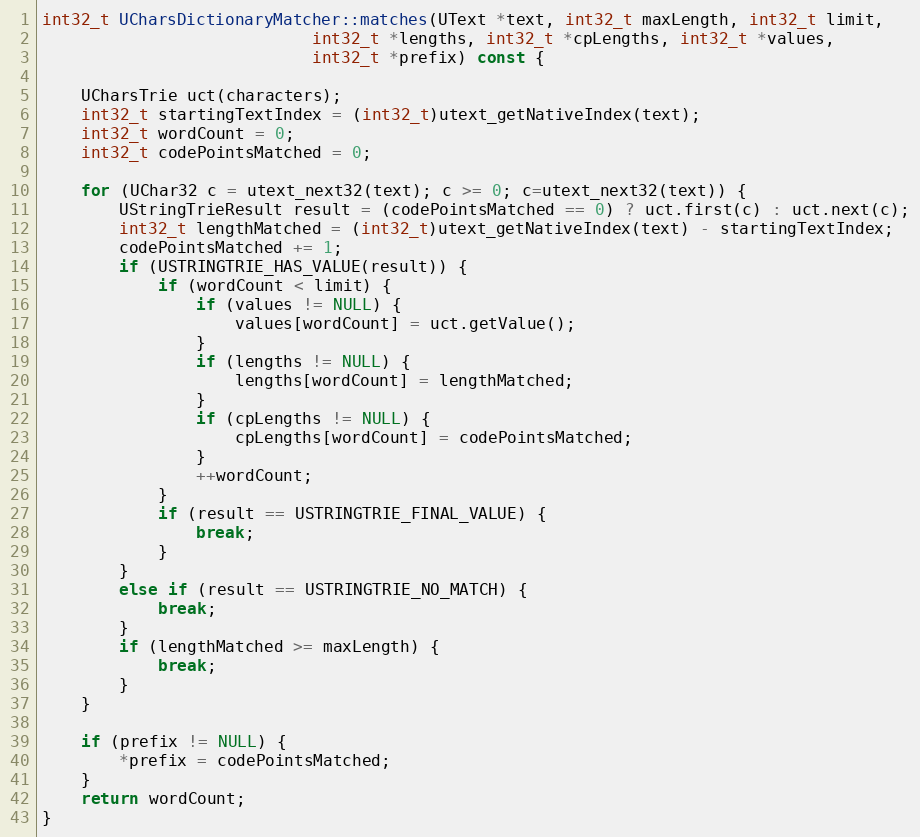
Language: C++
int32_t UCharsDictionaryMatcher::matches(UText *text, int32_t maxLength, int32_t limit,
                            int32_t *lengths, int32_t *cpLengths, int32_t *values,
                            int32_t *prefix) const {

    UCharsTrie uct(characters);
    int32_t startingTextIndex = (int32_t)utext_getNativeIndex(text);
    int32_t wordCount = 0;
    int32_t codePointsMatched = 0;

    for (UChar32 c = utext_next32(text); c >= 0; c=utext_next32(text)) {
        UStringTrieResult result = (codePointsMatched == 0) ? uct.first(c) : uct.next(c);
        int32_t lengthMatched = (int32_t)utext_getNativeIndex(text) - startingTextIndex;
        codePointsMatched += 1;
        if (USTRINGTRIE_HAS_VALUE(result)) {
            if (wordCount < limit) {
                if (values != NULL) {
                    values[wordCount] = uct.getValue();
                }
                if (lengths != NULL) {
                    lengths[wordCount] = lengthMatched;
                }
                if (cpLengths != NULL) {
                    cpLengths[wordCount] = codePointsMatched;
                }
                ++wordCount;
            }
            if (result == USTRINGTRIE_FINAL_VALUE) {
                break;
            }
        }
        else if (result == USTRINGTRIE_NO_MATCH) {
            break;
        }
        if (lengthMatched >= maxLength) {
            break;
        }
    }

    if (prefix != NULL) {
        *prefix = codePointsMatched;
    }
    return wordCount;
}